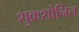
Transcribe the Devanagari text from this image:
शुक्रशोनित